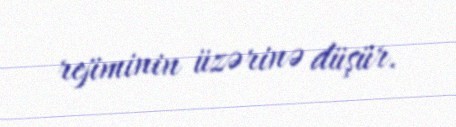
rejiminin üzərinə düşür.